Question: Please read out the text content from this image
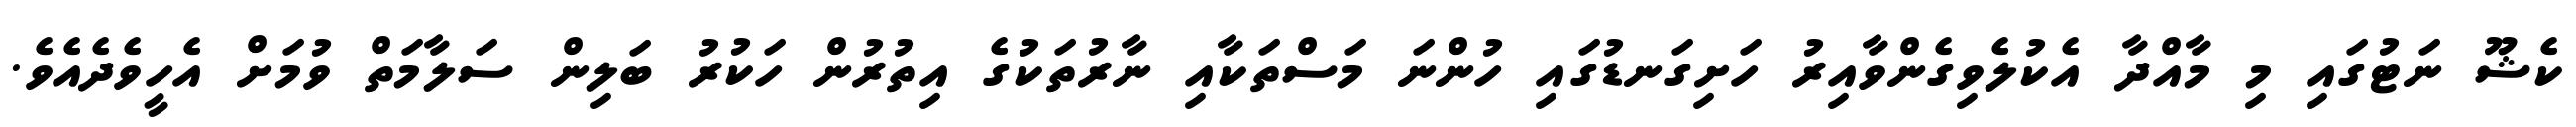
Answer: ކެޝޫ ނަޓުގައި މި މާއްދާ އެކުލެވިގެންވާއިރު ހަށިގަނޑުގައި ހުންނަ މަސްތަކާއި ނާރުތަކުގެ އިތުރުން ހަކުރު ބަލިން ސަލާމަތް ވުމަށް އެހީވެދެއެވެ.